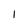
Character: 1